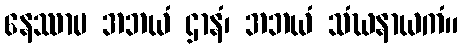
နေဿာမ အဘယံ ဌာနံ၊ အဘယံ သံဃနာယကံ။